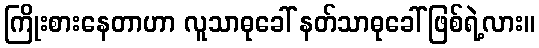
ကြိုးစားနေတာဟာ လူသာဓုခေါ် နတ်သာဓုခေါ် ဖြစ်ရဲ့လား။